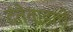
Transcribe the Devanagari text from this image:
दंतेवाडाचे